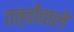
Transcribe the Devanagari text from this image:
तत्वोंवाले